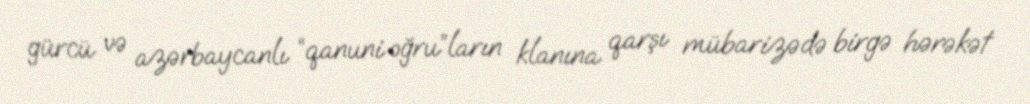
gürcü və azərbaycanlı “qanuni oğru”ların klanına qarşı mübarizədə birgə hərəkət